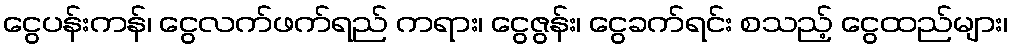
ငွေပန်းကန်၊ ငွေလက်ဖက်ရည် ကရား၊ ငွေဇွန်း၊ ငွေခက်ရင်း စသည့် ငွေထည်များ၊